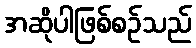
အဆိုပါဖြစ်စဉ်သည်